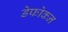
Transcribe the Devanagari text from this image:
डेफोकन